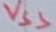
Text: VSS